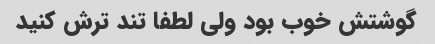
گوشتش خوب بود ولی لطفا تند ترش کنید